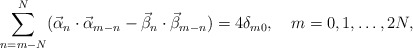
\begin{align*}\sum_{n=m-N}^N (\vec \alpha_n \cdot \vec \alpha_{m-n} -\vec \beta_n \cdot \vec \beta_{m-n})=4\delta_{m0}, \quad m=0,1,\dots,2N,\end{align*}